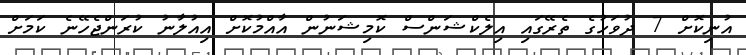
އުނިކޮށް 7 ދުވަހުގެ ތެރޭގައި އިލެކްޝަންސް ކޮމިޝަނުން އާއްމުކޮށް އިއުލާނު ކުރަންޖެހޭނެ ކަމަށް